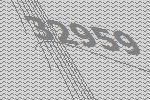
32959